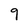
Character: 9